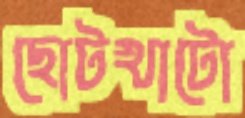
ছোটখাটো